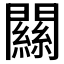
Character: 𨶹